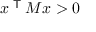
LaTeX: x ^ { \textsf { T } } M x > 0